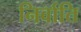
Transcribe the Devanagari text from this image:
निर्वाति